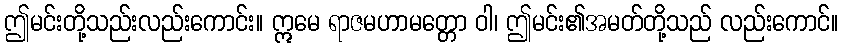
ဤမင်းတို့သည်းလည်းကောင်း။ ဣမေ ရာဇမဟာမတ္တော ဝါ၊ ဤမင်း၏အမတ်တို့သည် လည်းကောင်။